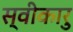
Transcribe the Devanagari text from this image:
स्वीकारु